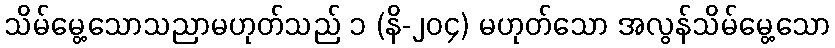
သိမ်မွေ့သောသညာမဟုတ်သည် ၁ (နိ-၂၀၄) မဟုတ်သော အလွန်သိမ်မွေ့သော